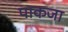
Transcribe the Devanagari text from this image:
पाकजा